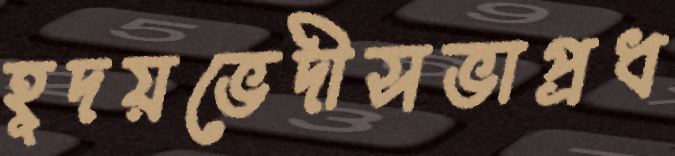
হূদয়ভেদীসভাপ্রধ